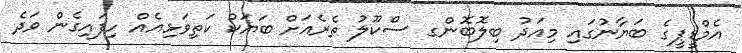
އެމްޑީޕީގެ ބަޔާނުގައި މިއަދު ބިލޮބޮންގ ސްކޫލު ތެރެއަށް ބަޔަކު ކަތިވަޅިއެއް ހިފައިގެން ވަދެ